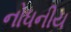
નોધનીય